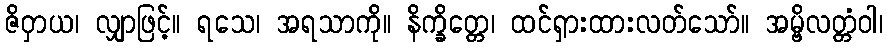
ဇိဝှာယ၊ လျှာဖြင့်။ ရသေ၊ အရသာကို။ နိက္ခိတ္တေ၊ ထင်ရှားထားလတ်သော်။ အမ္ဗိလတ္တံဝါ၊